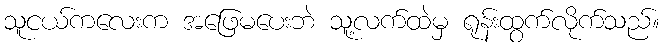
သူငယ်ကလေးက အဖြေမပေးဘဲ သူ့လက်ထဲမှ ရုန်းထွက်လိုက်သည်။